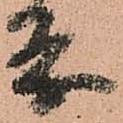
条